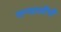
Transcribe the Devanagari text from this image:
सन्यासीभी